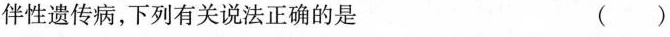
伴性遗传病，下列有关说法正确的是 （ ）